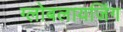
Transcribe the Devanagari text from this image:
ग्लोबलायजिंग